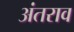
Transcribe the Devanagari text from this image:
अंतराव